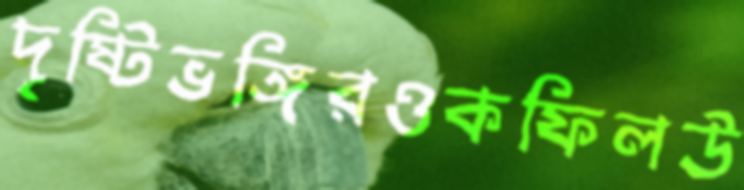
দৃষ্টিভঙ্গিরওকফিলউ